Scottish assistants in French and Prussian schools and colleges, 1912
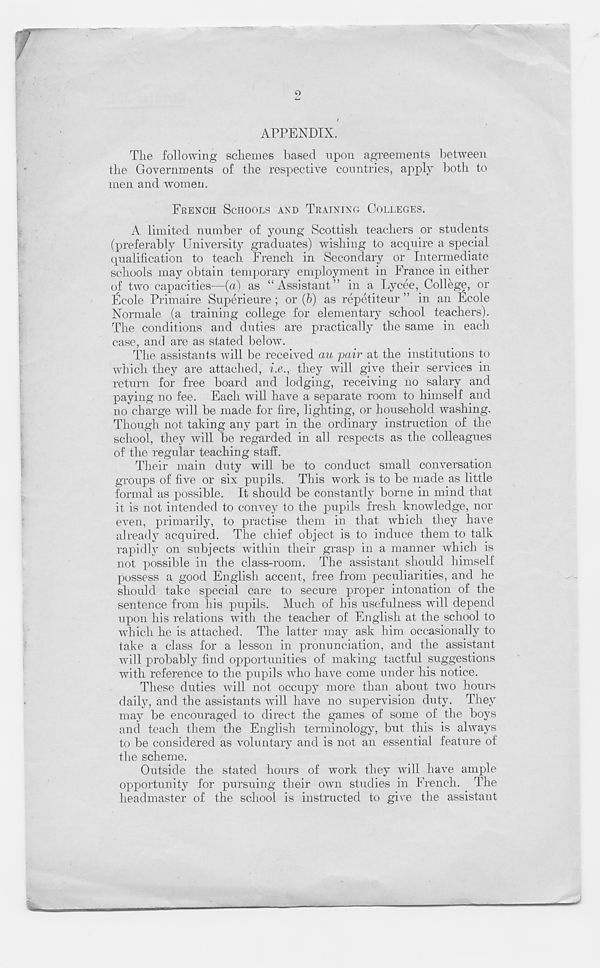
2
APPENDIX.
The following schemes based upon agreements between
the Governments of the respective countries, apply both to
men and women.
FRENCH SCHOOLS AND TRAINING COLLEGES.
A limited number of young Scottish teachers or students
(preferably University graduates) wishing to acquire a special
qualification to teach French in Secondary or Intermediate
schools may obtain temporary employment in France in either
of two capacities—(a) as “Assistant” in a Lycee, College, or
Ecole Primaire Superieure ; or (b) as repetiteur ” in an Ecole
Normale (a training college for elementary school teachers).
The conditions and duties are practically the same in each
case, and are as stated below.
The assistants will be received au pair at the institutions to
which they are attached, he., they will give their services in
return for free board and lodging, receiving no salary and
paying no fee. Each will have a separate room to himself and
no charge will be made for fire, lighting, or household washing.
Though not taking any part in the ordinary instruction of the
school, they will be regarded in all respects as the colleagues
of the regular teaching staff.
Their main duty will be to conduct small conversation
groups of five or six pupils. This work is to be made as little
formal as possible. It should be constantly borne in mind that
it is not intended to convey to the pupils fresh knowledge, nor
even, primarily, to practise them in that which they have
already acquired. The chief object is to induce them to talk
rapidly on subjects within their grasp in a manner which is
not possible in the class-room. The assistant should himself
possess a good English accent, free from peculiarities, and he
should take special care to secure proper intonation of the
sentence from his pupils. Much of his usefulness will depend
upon his relations with the teacher of English at the school to
which he is attached. The latter may ask him occasionally to
take a class for a lesson in pronunciation, and the assistant
will probably find opportunities of making tactful suggestions
with reference to the pupils who have come under his notice.
These duties will not occupy more than about two hours
daily, and the assistants will have no supervision duty. They
may be encouraged to direct the games of some of the boys
and teach them the English terminology, but this is always
to be considered as voluntary and is not an essential feature of
the scheme.
Outside the stated hours of work they will have ample
opportunity for pursuing their own studies in French. The
headmaster of the school is instructed to give the assistant